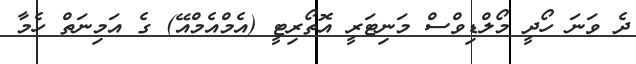
ދެ ވަނަ ހޯދީ މޯލްޑިވްސް މަނިޓަރީ އޮތޯރިޓީ (އެމްއެމްއޭ) ގެ އަމިނަތް ހެމާ